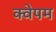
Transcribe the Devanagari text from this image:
क्वेपम